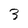
Character: 3